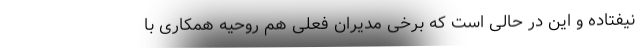
نیفتاده و این در حالی است که برخی مدیران فعلی هم روحیه همکاری با